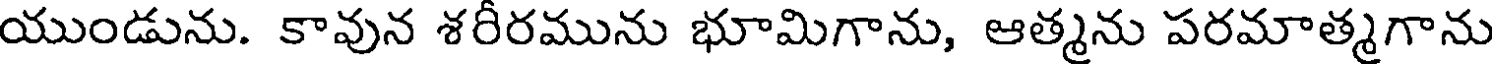
యుండును. కావున శరీరమును భూమిగాను, ఆత్మను పరమాత్మగాను